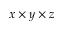
x \times y \times z